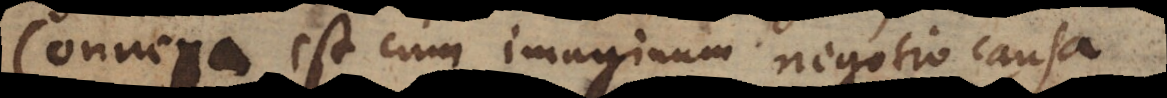
Connexa est cum imaginum negotio causa